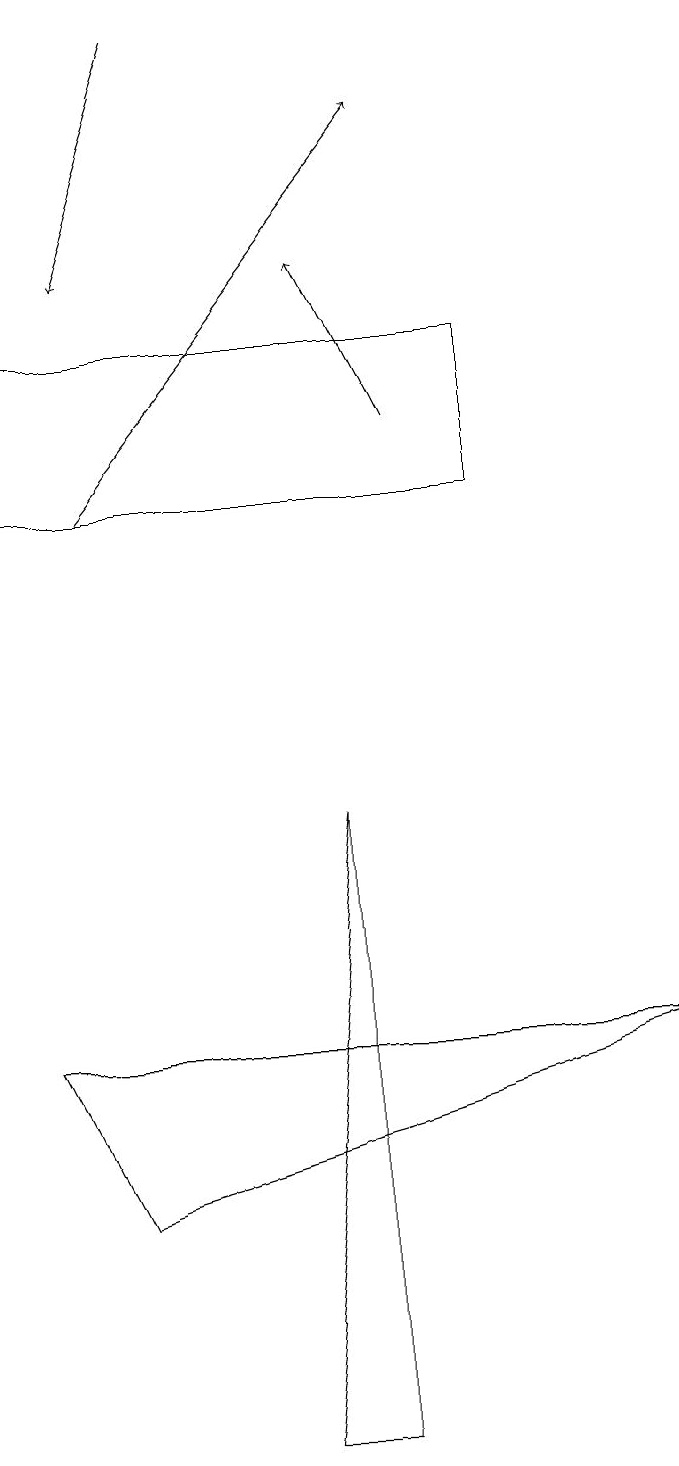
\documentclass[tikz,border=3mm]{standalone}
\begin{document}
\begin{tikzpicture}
\draw[->] (2,12) -- (6,17);
\draw[->] (3,18) -- (2,15);
\draw (9,5) -- (1,5) -- (2,3) -- cycle;
\draw (4,0) -- (5,8) -- (5,0) -- cycle;
\draw (1,14) rectangle (7,12);
\draw[->] (6,13) -- (5,15);
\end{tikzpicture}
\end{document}